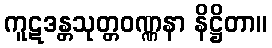
ကူဋဒန္တသုတ္တဝဏ္ဏနာ နိဋ္ဌိတာ။